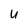
Character: U